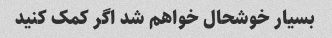
بسیار خوشحال خواهم شد اگر کمک کنید